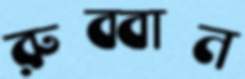
রুব্বান